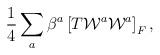
LaTeX: \begin{align*}{1\over4}\sum_a \beta^a \left[ T{\cal W}^a{\cal W}^a\right]_F,\end{align*}